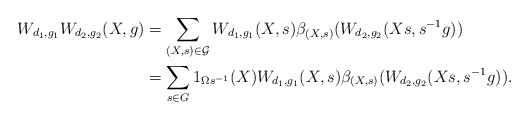
\begin{align*}W_{d_{1},g_{1}}W_{d_{2},g_{2}}(X,g)&=\displaystyle \sum_{(X,s) \in \mathcal{G}}W_{d_1,g_1}(X,s)\beta_{(X,s)}(W_{d_2,g_2}(Xs,s^{-1}g)) \\ &= \sum_{s \in G}1_{\Omega s^{-1}}(X)W_{d_1,g_1}(X,s)\beta_{(X,s)}(W_{d_2,g_2}(Xs,s^{-1}g)).\end{align*}